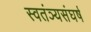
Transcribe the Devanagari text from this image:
स्वतंञ्यसंघर्ष